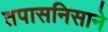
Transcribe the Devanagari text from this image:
तपासनिसाने